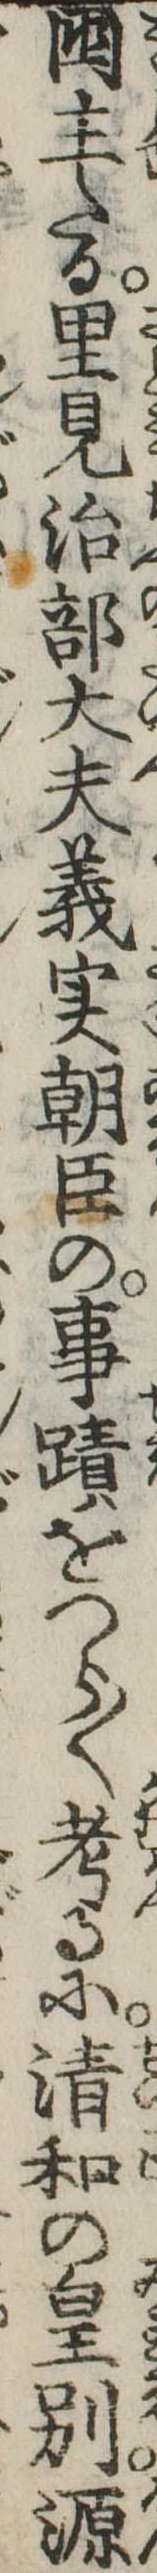
国主たる里見治部大夫義実朝臣の事跡をつら〱考るに清和の皇別源